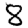
Digit: 8